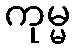
ကုမ္မ